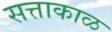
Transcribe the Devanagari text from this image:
सत्ताकाळ